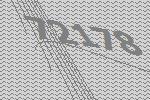
72178